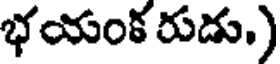
భయంక రుడు.)